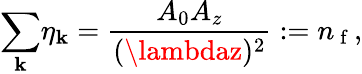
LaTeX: {\displaystyle\sum_{\mathbf{k}}}\eta_{\mathbf{k}}=\frac{{A_{0}A_{z}}}{{(\lambdaz)^{2}}}:=n_{\mathrm{{~f~}}},